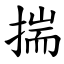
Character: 揣